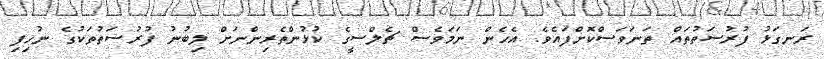
ރަނގަޅު ފުރުސަތުތައް ތަނަވަސްކޮށްފައެވެ. އެހެން ނަމަވެސް ޗެލްސީގެ ކުޅުންތެރިންނަށް ލިބުނު ފުރުސަތުތަކުގެ ނުހިފި